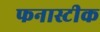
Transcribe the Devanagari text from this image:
फनास्टीक